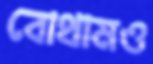
বোথামও